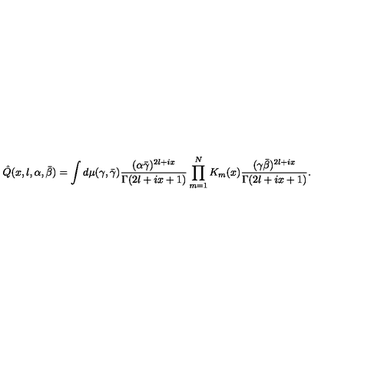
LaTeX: \hat { Q } ( x , l , \alpha , \bar { \beta } ) = \int d \mu ( \gamma , \bar { \gamma } ) \frac { ( \alpha \bar { \gamma } ) ^ { 2 l + i x } } { \Gamma ( 2 l + i x + 1 ) } \prod _ { m = 1 } ^ { N } K _ { m } ( x ) \frac { ( \gamma \bar { \beta } ) ^ { 2 l + i x } } { \Gamma ( 2 l + i x + 1 ) } .